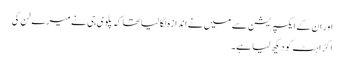
اور ان کے ایکسپریشن سے میں نے اندازہ لگا لیا تھا کہ پلوی جی نے میرے لن کی
اکڑاہٹ کو دیکھ لیا ہے۔